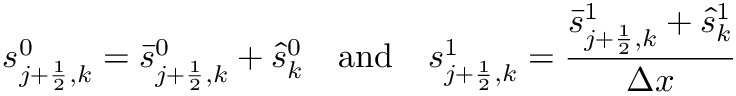
{ s } _ { j + \frac { 1 } { 2 } , k } ^ { 0 } = \bar { s } _ { j + \frac { 1 } { 2 } , k } ^ { 0 } + \hat { s } _ { k } ^ { 0 } \quad \mathrm { a n d } \quad { s } _ { j + \frac { 1 } { 2 } , k } ^ { 1 } = \frac { \bar { s } _ { j + \frac { 1 } { 2 } , k } ^ { 1 } + \hat { s } _ { k } ^ { 1 } } { \Delta x }